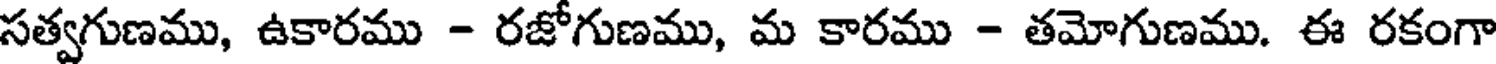
సత్వగుణము, ఉకారము - రజోగుణము, మ కారము - తమోగుణము. ఈ రకంగా